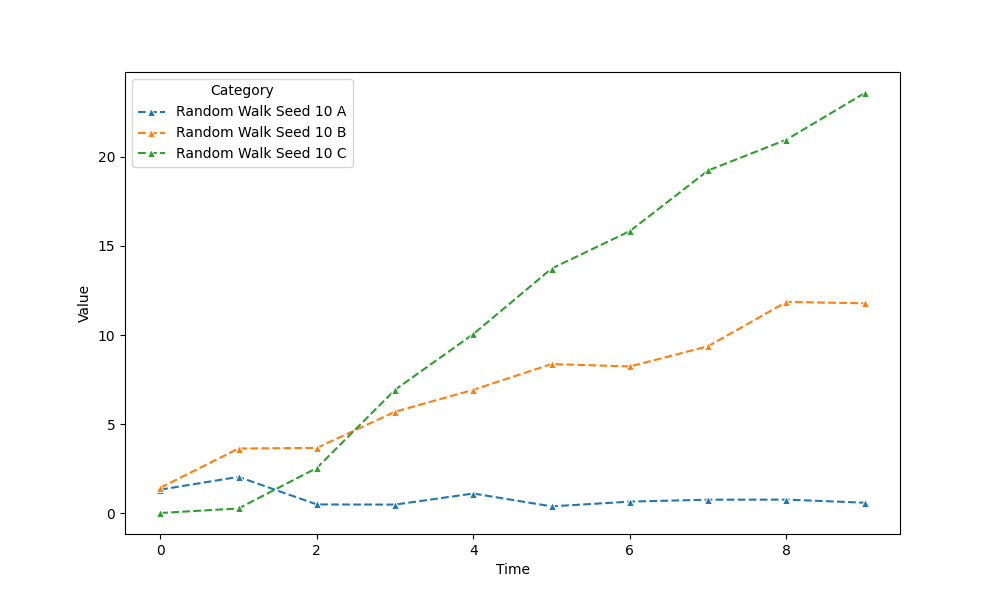
python, seaborn, lineplot, style='dashed', marker='^'